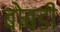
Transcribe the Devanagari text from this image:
बोबडी